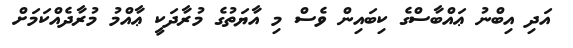
އަދި އިބްނު ޢައްބާސްގެ ކިބައިން ވެސް މި އާޔަތުގެ މުރާދަކީ ޢާއްމު މުރާދެއްކަމަށް